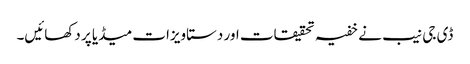
ڈی جی نیب نے خفیہ تحقیقات اور دستاویزات میڈیا پر دکھائیں۔